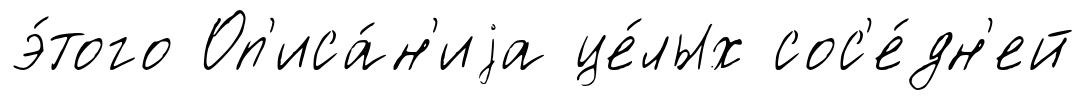
э́того Оп'иса́н'иjа це́лых сос'е́дн'ей